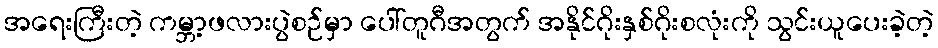
အရေးကြီးတဲ့ ကမ္ဘာ့ဖလားပွဲစဉ်မှာ ပေါ်တူဂီအတွက် အနိုင်ဂိုးနှစ်ဂိုးစလုံးကို သွင်းယူပေးခဲ့တဲ့